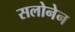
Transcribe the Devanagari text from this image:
सलोनेन